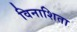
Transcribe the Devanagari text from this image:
विनाशिता